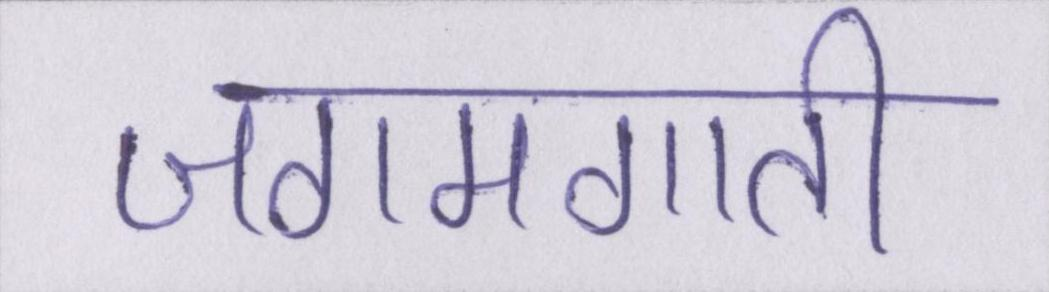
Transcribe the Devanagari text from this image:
जगमगाती